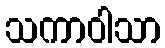
သကာဝါသာ